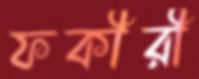
ফকীরী